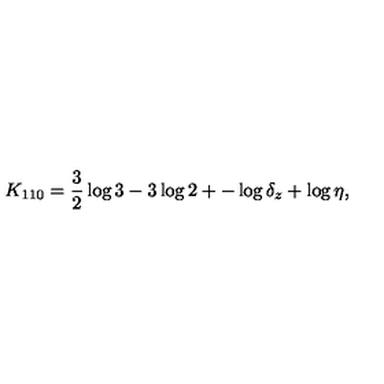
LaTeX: K _ { 1 1 0 } = \frac 3 2 \log 3 - 3 \log 2 + - \log \delta _ { z } + \log \eta ,